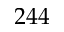
2 4 4